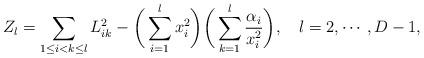
LaTeX: \begin{align*} Z_l=\sum_{1\leq i<k\leq l}L^2_{ik}-\bigg(\sum_{i=1}^{l}x_i^2\bigg)\bigg(\sum_{k=1}^{l}\frac{\alpha_i}{x_i^2}\bigg),~~~l=2,\cdots,D-1,\end{align*}